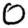
Digit: 0